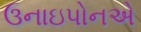
ઉનાઇપોનએ